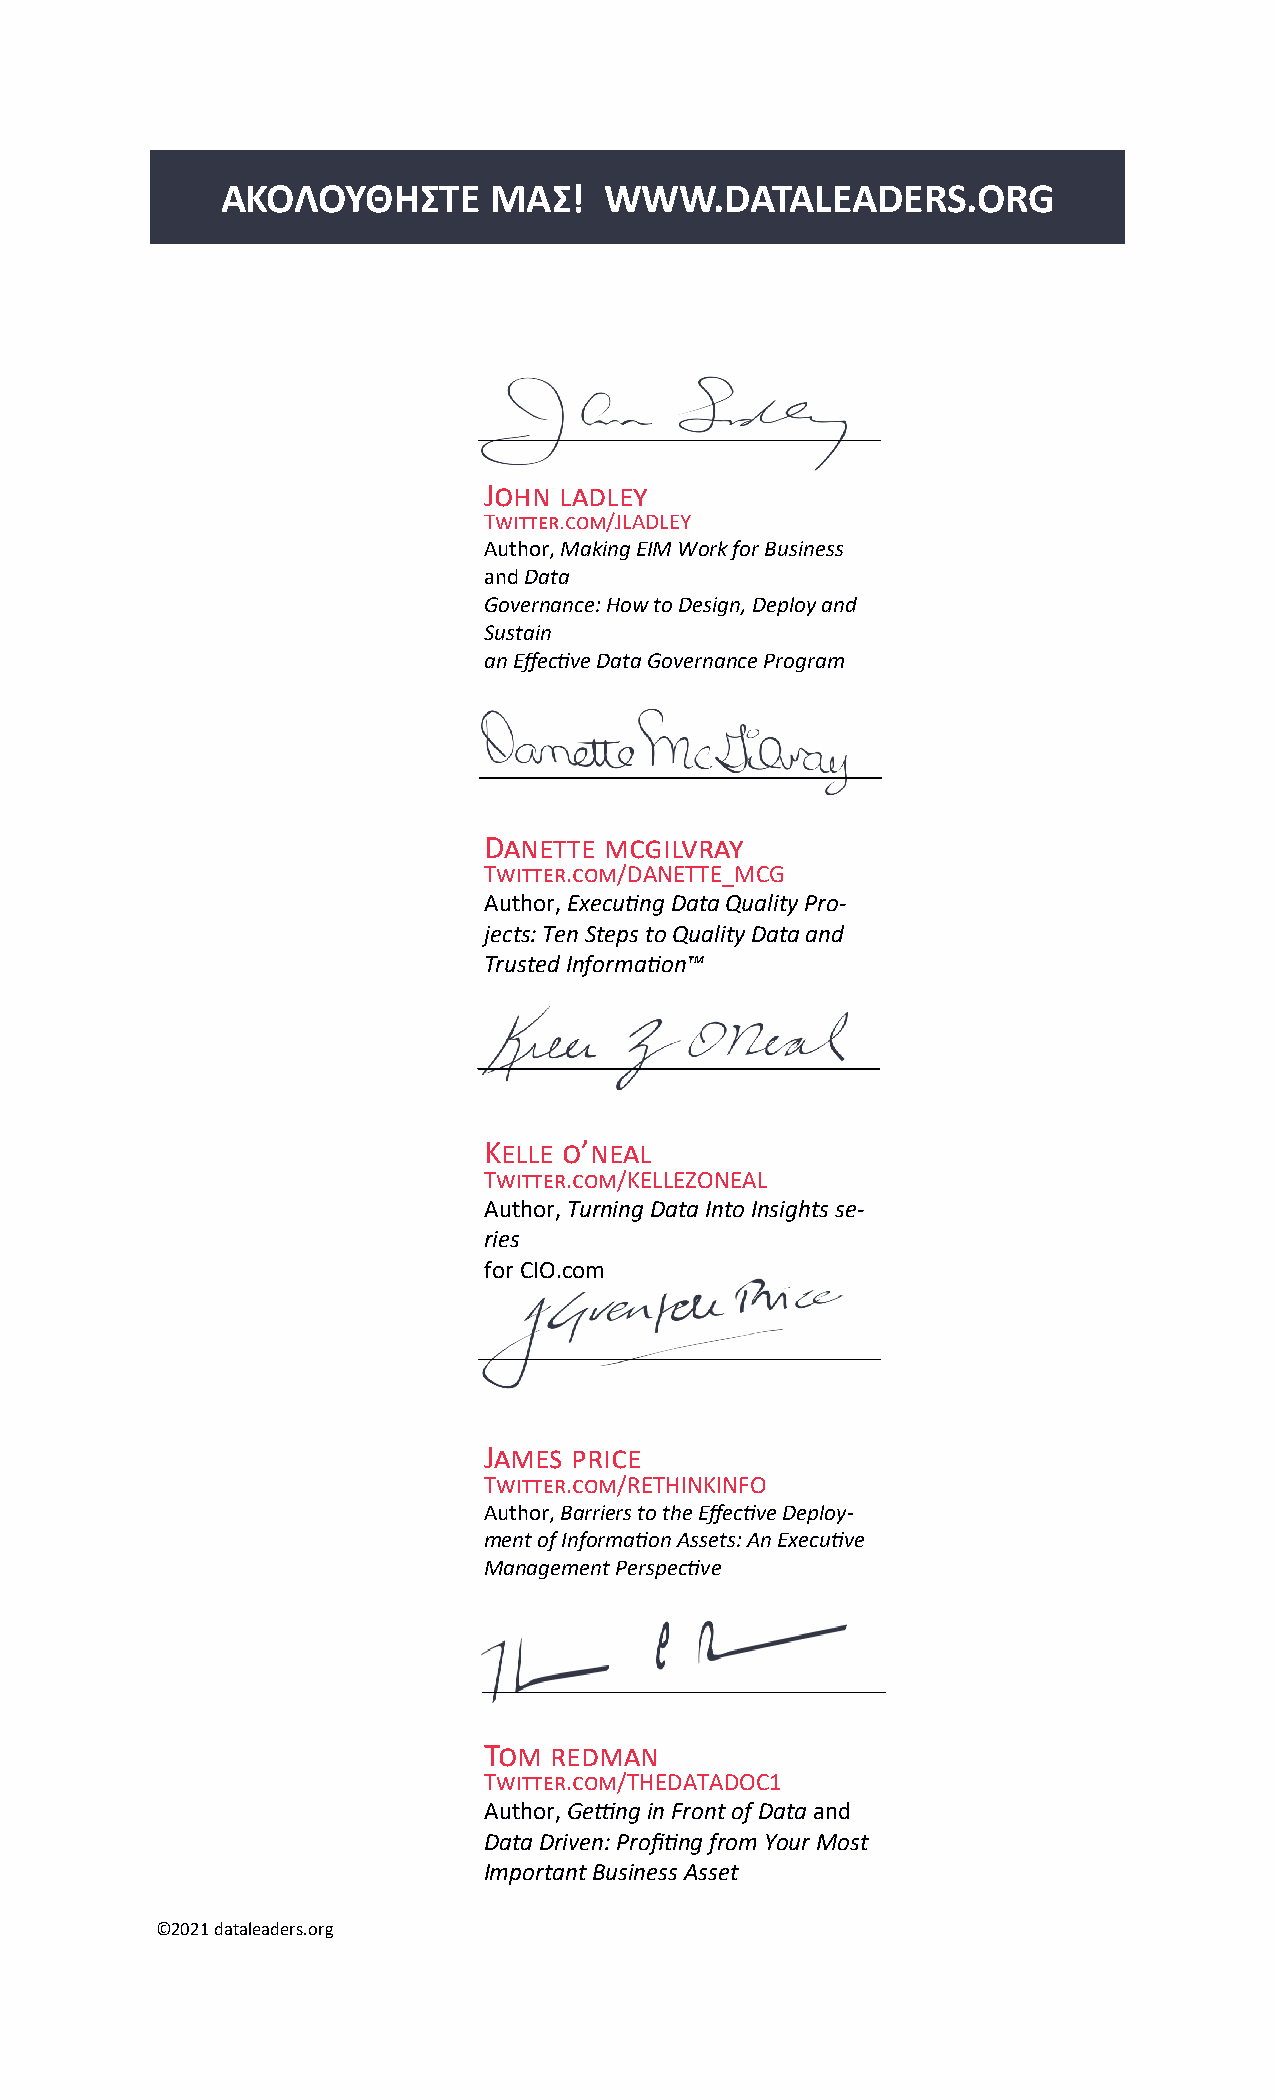
ΑΚΟΛΟΥΘΗΣΤΕ      ΜΑΣ!    WWW.DATALEADERS.ORG
 John ladley
 Twitter.com/JLADLEY
 Author, Making EIM Work for Business
 and Data
 Governance: How to Design, Deploy and
 Sustain
 an Effective Data Governance Program
 Danette mcgilvray
 Twitter.com/DANETTE_MCG
 Author, Executing Data Quality Pro-
 jects: Ten Steps to Quality Data and
 Trusted Information™
 Kelle o’neal
 Twitter.com/KELLEZONEAL
 Author, Turning Data Into Insights se-
 ries
 for CIO.com
 James price
 Twitter.com/RETHINKINFO
 Author, Barriers to the Effective Deploy-
 ment of Information Assets: An Executive
 Management Perspective
 Tom redman
 Twitter.com/THEDATADOC1
 Author, Getting in Front of Data and
 Data Driven: Profiting from Your Most
 Important Business Asset
 ©2021 dataleaders.org